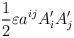
LaTeX: \begin{align*}\frac{1}{2}\varepsilon a^{ij}A'_{i}A'_{j}\end{align*}